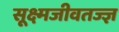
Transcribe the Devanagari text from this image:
सूक्ष्मजीवतज्ज्ञ